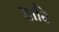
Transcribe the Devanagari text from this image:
शाढि